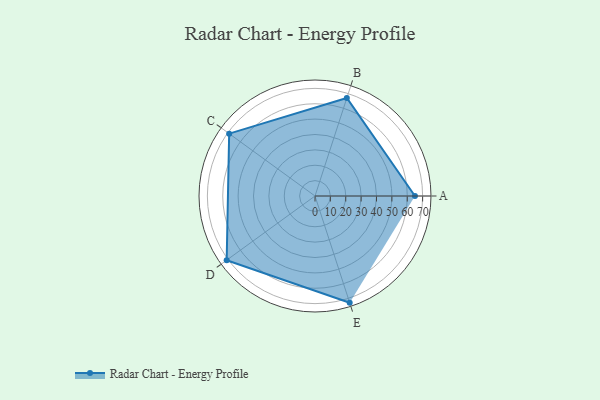
{"axis": {"x": "Skill", "y": "Score"}, "legend": ["Profile"], "data": [{"x": "A", "y": 65.0, "type": "Profile"}, {"x": "B", "y": 67.0, "type": "Profile"}, {"x": "C", "y": 69.0, "type": "Profile"}, {"x": "D", "y": 71.0, "type": "Profile"}, {"x": "E", "y": 73.0, "type": "Profile"}]}